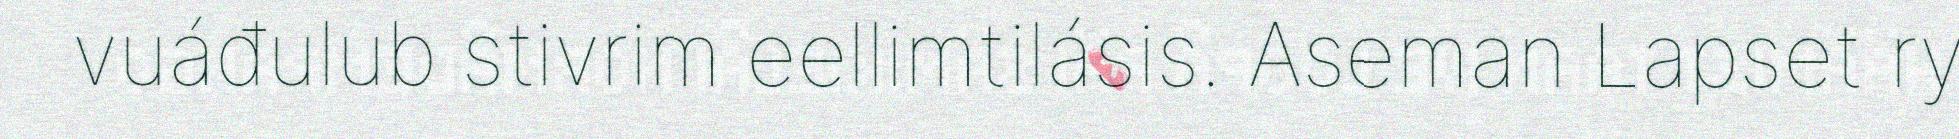
vuáđulub stivrim eellimtilásis. Aseman Lapset ry